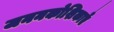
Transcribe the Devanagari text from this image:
जननकोशिकाएँ